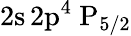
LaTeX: \mathrm{2s\, 2p^{4}~P_{5/2}}